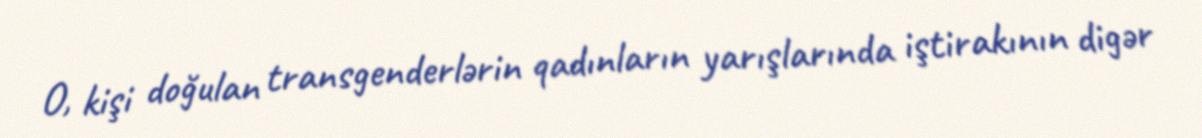
O, kişi doğulan transgenderlərin qadınların yarışlarında iştirakının digər